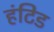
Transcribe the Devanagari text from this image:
हंटिड